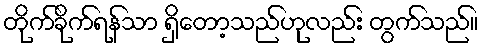
တိုက်ခိုက်ရန်သာ ရှိတော့သည်ဟုလည်း တွက်သည်။